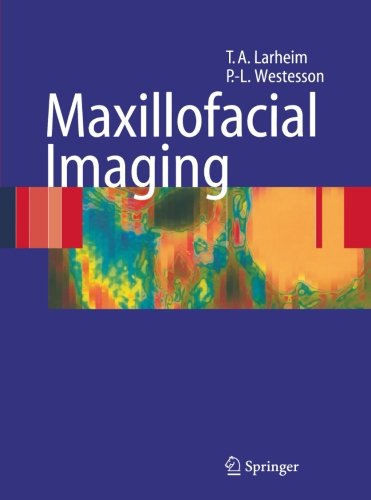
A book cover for Maxillofacial Imaging; Tore A. Larheim; Medical Books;